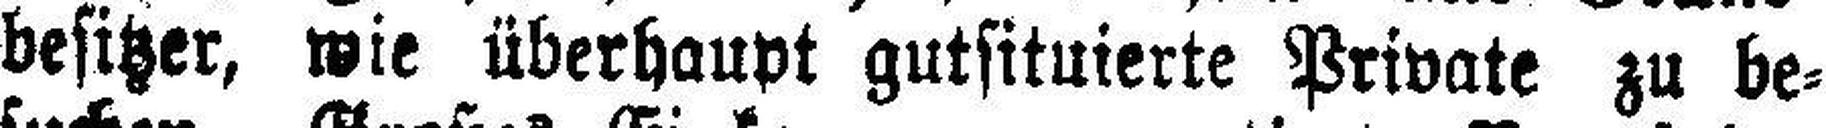
besitzer, wie überhaupt gutsituierte Private zu be¬